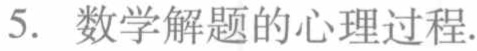
5. 数学解题的心理过程.